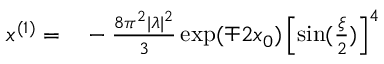
\begin{array} { r l } { x ^ { ( 1 ) } = } & { { } - \frac { 8 \pi ^ { 2 } | \lambda | ^ { 2 } } { 3 } \exp ( \mp 2 x _ { 0 } ) \left[ \sin ( \frac { \xi } { 2 } ) \right] ^ { 4 } } \end{array}